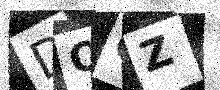
Text: DOOZ